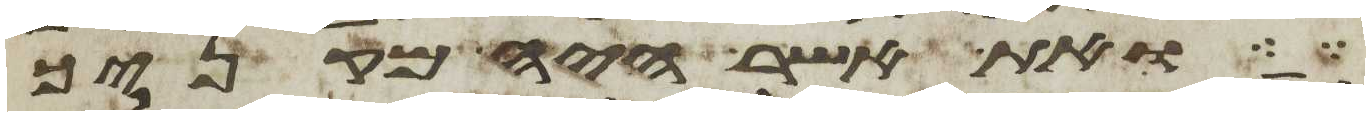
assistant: ואת אשר היה מקניך